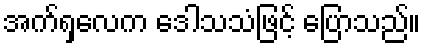
အက်ရှလေက ဒေါသသံဖြင့် ပြောသည်။